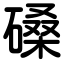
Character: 磉